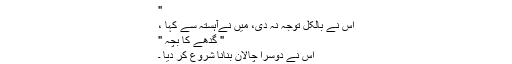
"
اُس نے بالکل توجہ نہ دی، میں نےآہستہ سے کہا ،
" گدھے کا بچہ "
اُس نے دوسرا چالان بنانا شروع کر دیا ۔